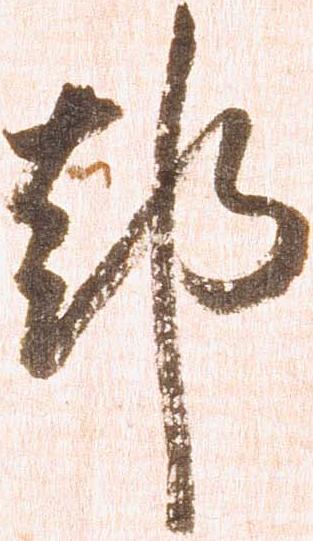
都